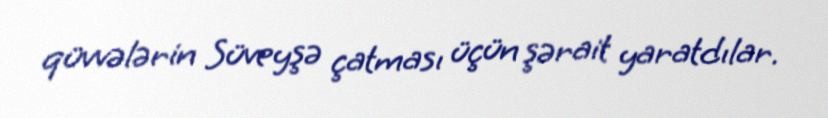
qüvvələrin Süveyşə çatması üçün şərait yaratdılar.